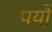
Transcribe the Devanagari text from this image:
पर्यौ